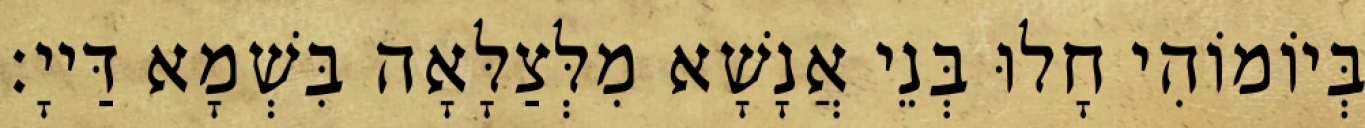
בְּיוֹמוֹהִי חָלוּ בְּנֵי אֲנָשָׁא מִלְּצַלָּאָה בִּשְׁמָא דַּייָ׃